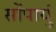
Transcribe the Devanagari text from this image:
सोंपायुं